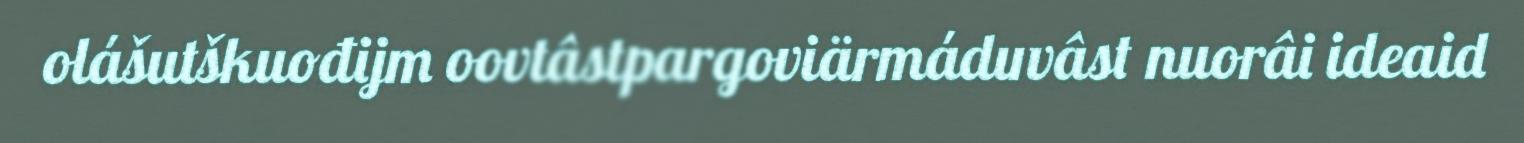
olášutškuođijm oovtâstpargoviärmáduvâst nuorâi ideaid